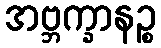
အဗ္ဘက္ခာနဉ္စ